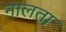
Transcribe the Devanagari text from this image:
नालता